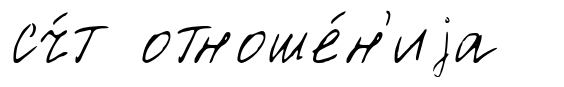
сч́т отноше́н'иjа